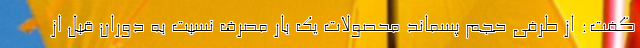
گفت: از طرفی حجم پسماند محصولات یک بار مصرف نسبت به دوران قبل از